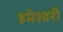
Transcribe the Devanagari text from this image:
हमेश्वरी